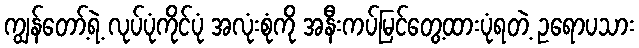
ကျွန်တော့်ရဲ့ လုပ်ပုံကိုင်ပုံ အလုံးစုံကို အနီးကပ်မြင်တွေ့ထားပုံရတဲ့ ဥရောပသား